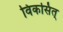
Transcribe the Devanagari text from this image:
विकसित्